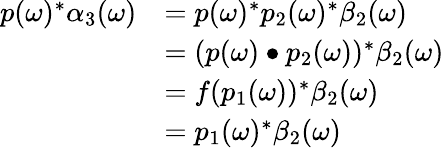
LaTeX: \begin{array}{rl}{p(\omega)^{*}\alpha_{3}(\omega)}&{=p(\omega)^{*}p_{2}(\omega)^{*}\beta_{2}(\omega)}\\ &{=(p(\omega)\bullet p_{2}(\omega))^{*}\beta_{2}(\omega)}\\ &{=f(p_{1}(\omega))^{*}\beta_{2}(\omega)}\\ &{=p_{1}(\omega)^{*}\beta_{2}(\omega)}\end{array}